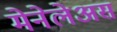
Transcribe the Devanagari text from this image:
मेनेलेअस